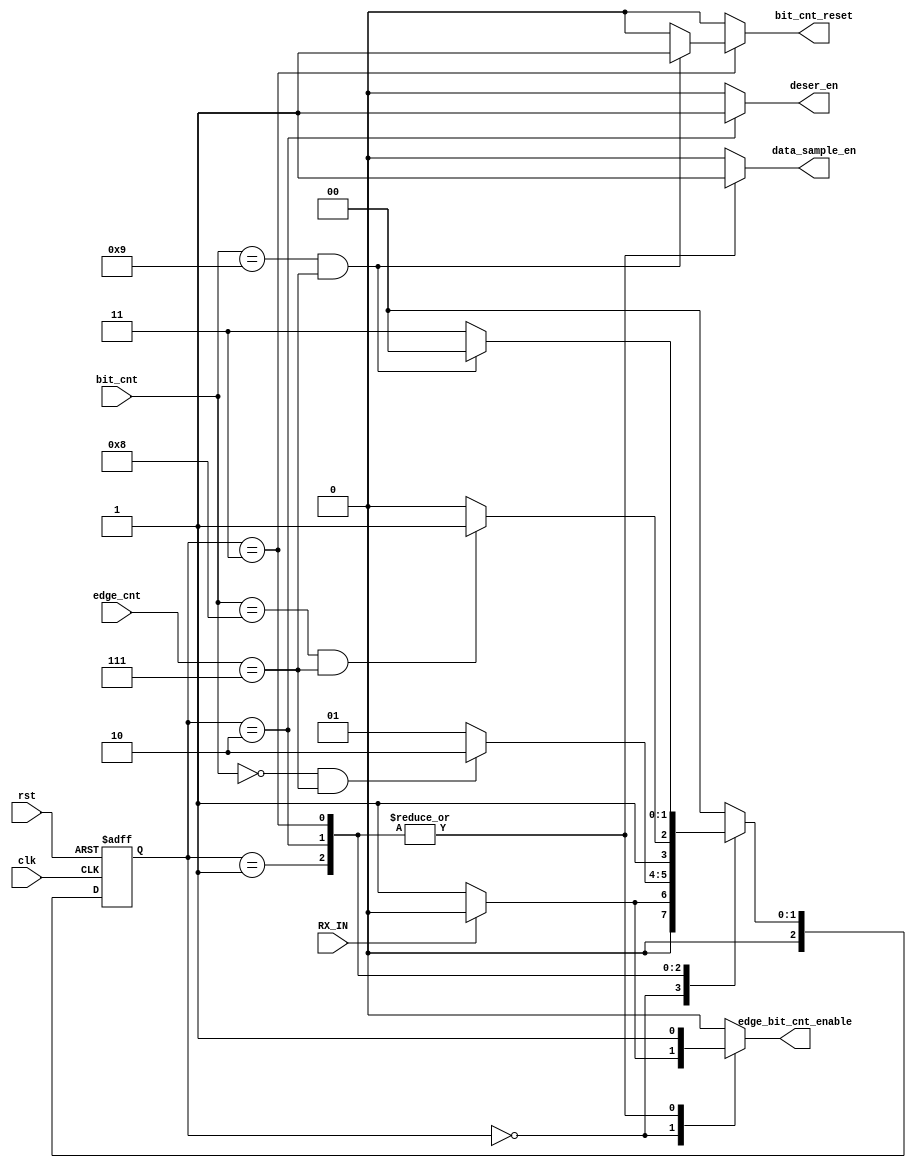
module UART_RX_FSM (
input  wire        RX_IN,
input  wire        rst,
input  wire        clk,
input  wire [3:0]  bit_cnt,
input  wire [4:0]  edge_cnt,
output reg         deser_en,
output reg         edge_bit_cnt_enable,
output reg         bit_cnt_reset,
output reg         data_sample_en


);
localparam  [2:0]    IDLE = 3'b000,
                     start = 3'b001,
                     data = 3'b010,
                     stop =3'b011;
                    


reg    [2:0]         current_state,
                     next_state ;

always @(negedge clk or negedge rst)
 begin
  if(!rst)
   begin
     current_state <= IDLE ;
   end
  else
   begin
     current_state <= next_state ;
   end
 end



always @(*)
 begin

edge_bit_cnt_enable=0;
data_sample_en=0;
deser_en=0;
bit_cnt_reset=0;

  case(current_state)
  IDLE     : begin

              if(RX_IN==0)	
              begin
                next_state =start;
                edge_bit_cnt_enable=1;
              end
              else
              begin
                next_state=IDLE;
                edge_bit_cnt_enable=0;
              end		  
             end
  start       : begin
                edge_bit_cnt_enable=1;
                data_sample_en=1;

              if(bit_cnt==0 && edge_cnt==7)
               begin
                next_state=data;
                end
                else
                begin
                next_state=start;
                end
                
                end 
              


	   
          
  data     : begin
                edge_bit_cnt_enable=1;
                data_sample_en=1;
                deser_en=1;
              if(bit_cnt==8 && edge_cnt==7 )
              begin
                next_state=stop;
              end
              else 
              begin
                next_state=data;
              end
        
            end


 stop     : begin
               edge_bit_cnt_enable=1;
               data_sample_en=1;
               deser_en=0;
              if(bit_cnt==9  && edge_cnt==7)
              begin
                next_state=IDLE;
                bit_cnt_reset=1;
              
              end
              else 
              begin
                next_state=stop;
                bit_cnt_reset=0;
                
              end
        
            end
             
        
                       
  default :   next_state = IDLE ;		 
  
  endcase
end	


		
endmodule